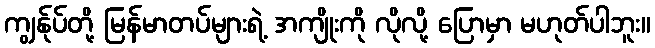
ကျွန်ုပ်တို့ မြန်မာတပ်များရဲ့ အကျိုးကို လိုလို့ ပြောမှာ မဟုတ်ပါဘူး။